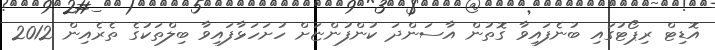
އޮޑިޓް ރިޕޯޓުގައި ބުނެފައިވާ ގޮތުން އާސަންދަ ކުންފުންޏަށް ހުށަހަޅާފައިވާ ބިލްތަކުގެ ތެރެއިން 2012